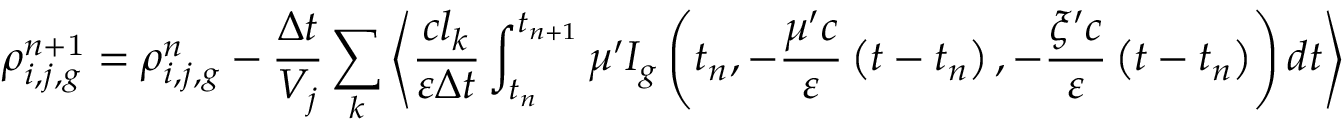
\rho _ { i , j , g } ^ { n \mathrm { + 1 } } = \rho _ { i , j , g } ^ { n } - \frac { \Delta t } { V _ { j } } \sum _ { k } \left\langle \frac { c l _ { k } } { \varepsilon \Delta t } \int _ { t _ { n } } ^ { t _ { n + 1 } } \mu ^ { \prime } I _ { g } \left( t _ { n } , - \frac { \mu ^ { \prime } c } { \varepsilon } \left( t - t _ { n } \right) , - \frac { \xi ^ { \prime } c } { \varepsilon } \left( t - t _ { n } \right) \right) d t \right\rangle